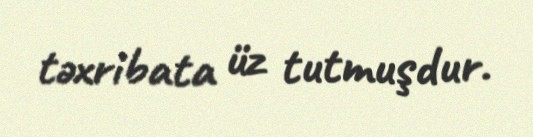
təxribata üz tutmuşdur.